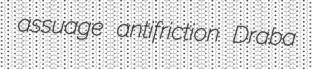
assuage antifriction Draba